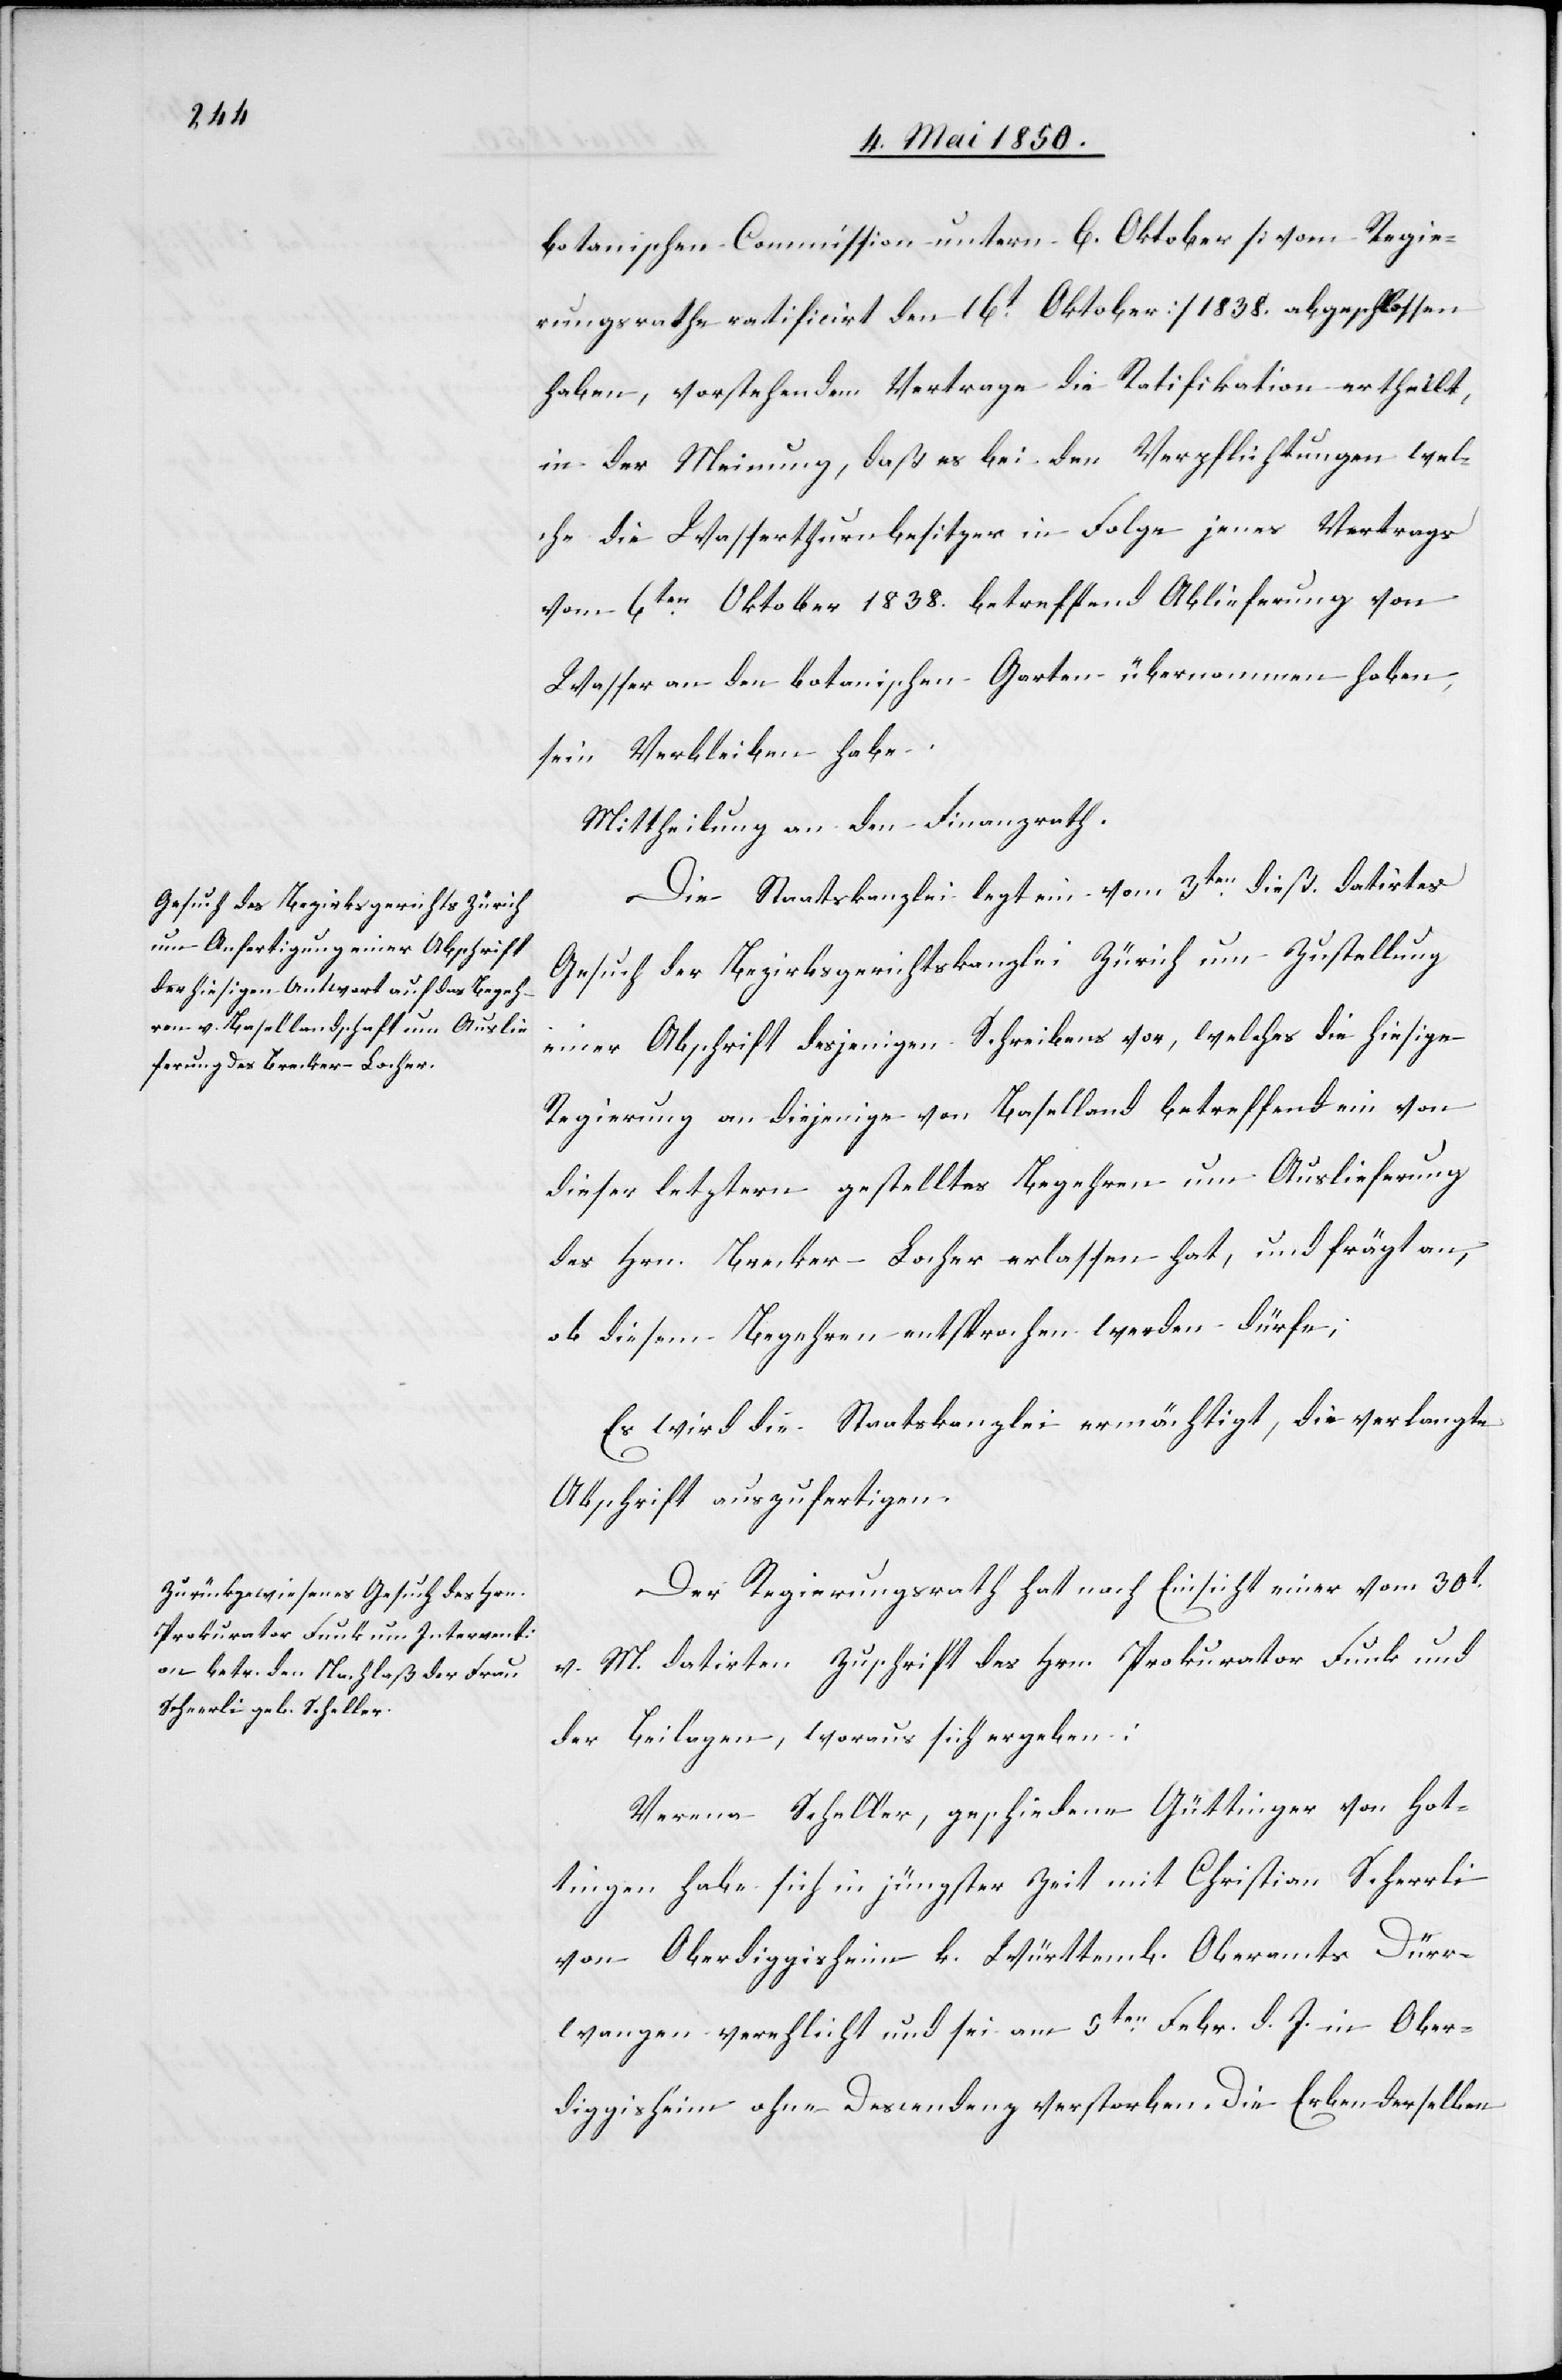
botanischen Commission untern 6. Oktober [vom Regie¬
rungsrathe ratificirt den 16t Oktober] 1838. abgeschlossen
haben, vorstehenden Vertrage die Ratifikation ertheilt,
in der Meinung, daß es bei den Verpflichtungen wel¬
che die Wasserthurmbesitzer in Folge jenes Vertrags
vom 6ten Oktober 1838. betreffend Ablieferung von
Wasser an den botanischen Garten übernommen haben,
sein Verbleiben habe.
Mittheilung an den Finanzrath.
Die Staatskanzlei legt ein vom 3ten dieß datirtes
Gesuch der Bezirksgerichtskanzlei Zürich um Zustellung
einer Abschrift desjenigen Schreibens vor, welches die hiesige
Regierung an diejenige von Baselland betreffend ein von
dieser letztern gestelltes Begehren um Auslieferung
des Hrn. Brecker-Locher erlassen hat, und frägt an,
ob diesem Begehren entsprochen werden dürfe;
Es wird die Staatskanzlei ermächtigt, die verlangte
Abschrift auszufertigen.
Der Regierungsrath hat nach Einsicht einer vom 30t
M. datirten Zuschrift des Hrn. Prokurator Funk und
der Beilagen, woraus sich ergeben:
Verena Scheller geschiedene Güttinger von Hot¬
tingen habe sich in jüngster Zeit mit Christian Scherrli
von Oberdiggisheim k. Württemb. Oberamts Dürr¬
wangen verehlicht und sei am 5ten Febr. d. J. in Ober¬
diggisheim ohne Descendenz verstorben. Die Erben derselben